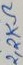
Text: 2,2KΩ